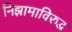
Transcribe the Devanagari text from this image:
निझामाविरुद्ध